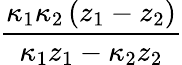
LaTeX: \frac{\kappa_{1}\kappa_{2}\left(z_{1}-z_{2}\right)}{\kappa_{1}z_{1}-\kappa_{2}z_{2}}